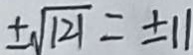
\pm \sqrt { 1 2 1 } = \pm 1 1